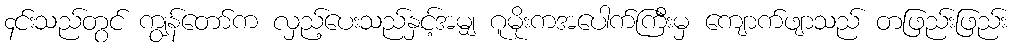
၄င်းသည်တွင် ကျွန်တော်က လှည့်ပေးသည်နှင့်အမျှ ဂူမိုးကအပေါက်ကြီးမှ ကျောက်ဖျာသည် တဖြည်းဖြည်း